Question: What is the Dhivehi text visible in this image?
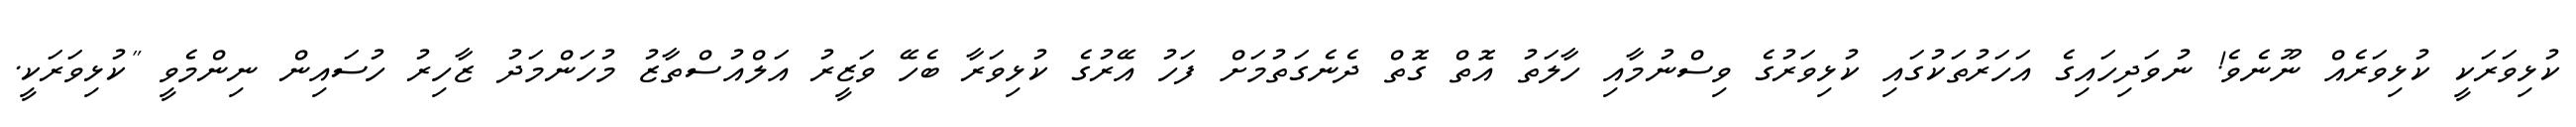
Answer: ކުޅިވަރަކީ ކުޅިވަރެއް ނޫނެވެ! ނުވަދިހައިގެ އަހަރުތަކުގައި ކުޅިވަރުގެ ވިސްނުމާއި ހާލަތު އޮތް ގޮތް ދެނެގަތުމަށް ފަހު އޭރުގެ ކުޅިވަރާ ބެހޭ ވަޒީރު އަލްއުސްތާޒު މުހަންމަދު ޒާހިރު ހުސައިން ނިންމެވީ "ކުޅިވަރަކީ.